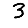
Digit: 3